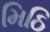
મિઠિ